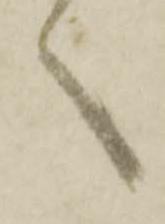
へ